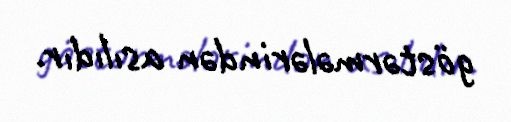
göstərmələrindən asılıdır.